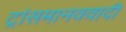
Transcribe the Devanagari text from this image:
ट्रांसमानववादी